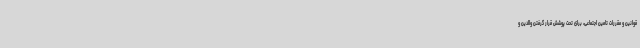
قوانین و مقررات تامین اجتماعی، برای تحت پوشش قرار گرفتن والدین و